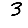
Digit: 3